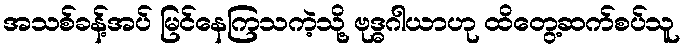
အသစ်ခန့်အပ် မြင်နေကြသကဲ့သို့ ဗုဒ္ဓဂါယာဟု ထိတွေ့ဆက်စပ်သူ